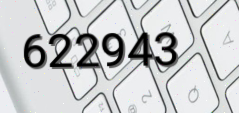
622943